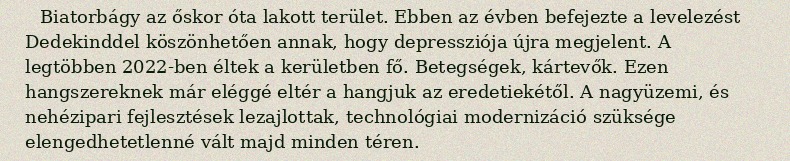
Biatorbágy az őskor óta lakott terület. Ebben az évben befejezte a levelezést Dedekinddel köszönhetően annak, hogy depressziója újra megjelent. A legtöbben 2022-ben éltek a kerületben fő. Betegségek, kártevők. Ezen hangszereknek már eléggé eltér a hangjuk az eredetiekétől. A nagyüzemi, és nehézipari fejlesztések lezajlottak, technológiai modernizáció szüksége elengedhetetlenné vált majd minden téren.